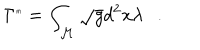
\Gamma ^ { \tiny { m } } = \int _ { \cal M } \sqrt { g } d ^ { 2 } x \lambda .